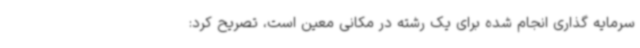
سرمایه گذاری انجام شده برای یک رشته در مکانی معین است، تصریح کرد: